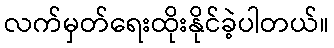
လက်မှတ်ရေးထိုးနိုင်ခဲ့ပါတယ်။